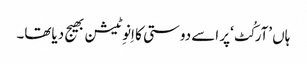
ہاں ’آرکُٹ‘پر اسے دوستی کا اِنوِٹیشن بھیج دیاتھا۔